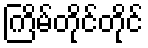
ကြိမ်တိုင်တိုင်